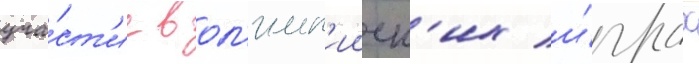
уча́ст'ие в ол'имп'ииск'их и́грах